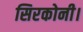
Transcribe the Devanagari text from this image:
सिरकोनी।